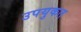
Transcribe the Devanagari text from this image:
उपयुकत